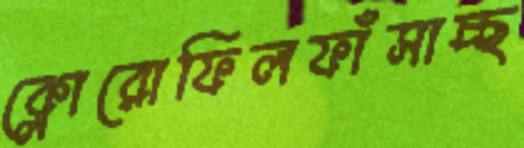
ক্লোরোফিলফাঁসাচ্ছ